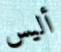
أليس